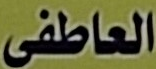
العاطفى